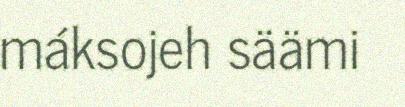
máksojeh säämi